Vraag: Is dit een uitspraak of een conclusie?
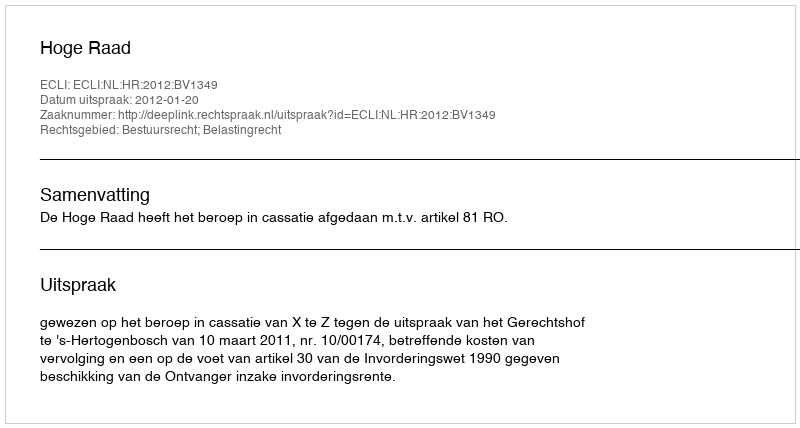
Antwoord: Uitspraak